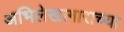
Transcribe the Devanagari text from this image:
अभिलेखागाराच्या